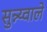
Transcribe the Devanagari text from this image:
सुन्न्य्वाले